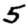
Digit: 5